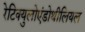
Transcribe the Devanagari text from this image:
रेटिक्युलोएंडोथीलियल